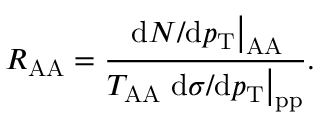
R _ { \mathrm { A A } } = \frac { \left. \mathrm { d } N / \mathrm { d } p _ { \mathrm { T } } \right| _ { \mathrm { A A } } } { T _ { \mathrm { A A } } \left. \mathrm { d } \sigma / \mathrm { d } p _ { \mathrm { T } } \right| _ { \mathrm { p p } } } .